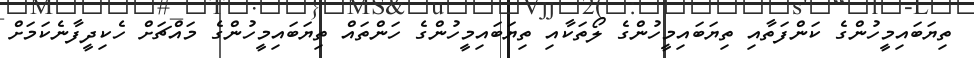
ތިޔަބައިމީހުންގެ ކަންފަތާއި ތިޔަބައިމީހުންގެ ލޯތަކާއި ތިޔަބައިމީހުންގެ ހަންތައް ތިޔަބައިމީހުންގެ މައްޗަށް ހެކިދީފާނެކަމަށް